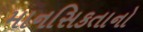
માનસિકતાનો